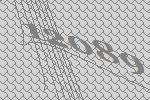
12089